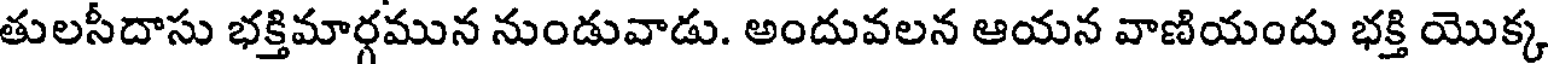
తులసీదాసు భక్తిమార్గమున నుండువాడు. అందువలన ఆయన వాణియందు భక్తి యొక్క